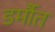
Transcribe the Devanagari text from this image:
डर्मौत